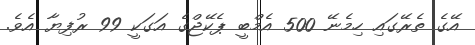
އޭގެ ތެރޭގައި ހިމެނޭ 500 އެމްބީ ޕެކޭޖްގެ އަގަކީ 99 ރުފިޔާ އެވެ.